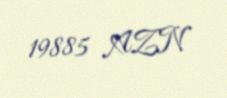
19885 AZN